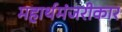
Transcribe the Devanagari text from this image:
महार्थमंजरीकार